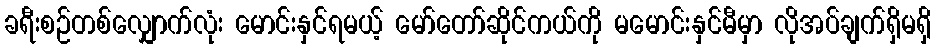
ခရီးစဉ်တစ်လျှောက်လုံး မောင်းနှင်ရမယ့် မော်တော်ဆိုင်ကယ်ကို မမောင်းနှင်မီမှာ လိုအပ်ချက်ရှိမရှိ